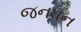
જનધન